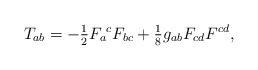
\begin{align*}T_{ab} = - \tfrac{1}{2} F_{a}{}^{c} F_{bc} + \tfrac{1}{8} g_{ab} F_{cd} F^{cd},\end{align*}